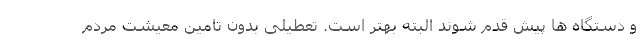
و دستگاه ها پیش قدم شوند البته بهتر است. تعطیلی بدون تامین معیشت مردم